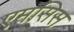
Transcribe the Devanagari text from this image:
एमसिस